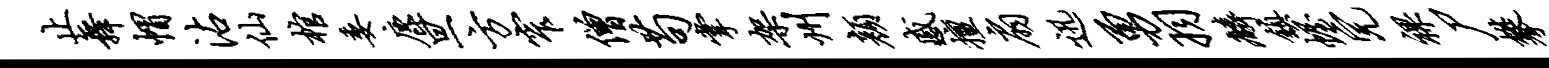
止舞帽沾仙棺委鹿旦方窄僧苟掌架州颜感擅扇迅勇羽麟镇幄完裸尸攀